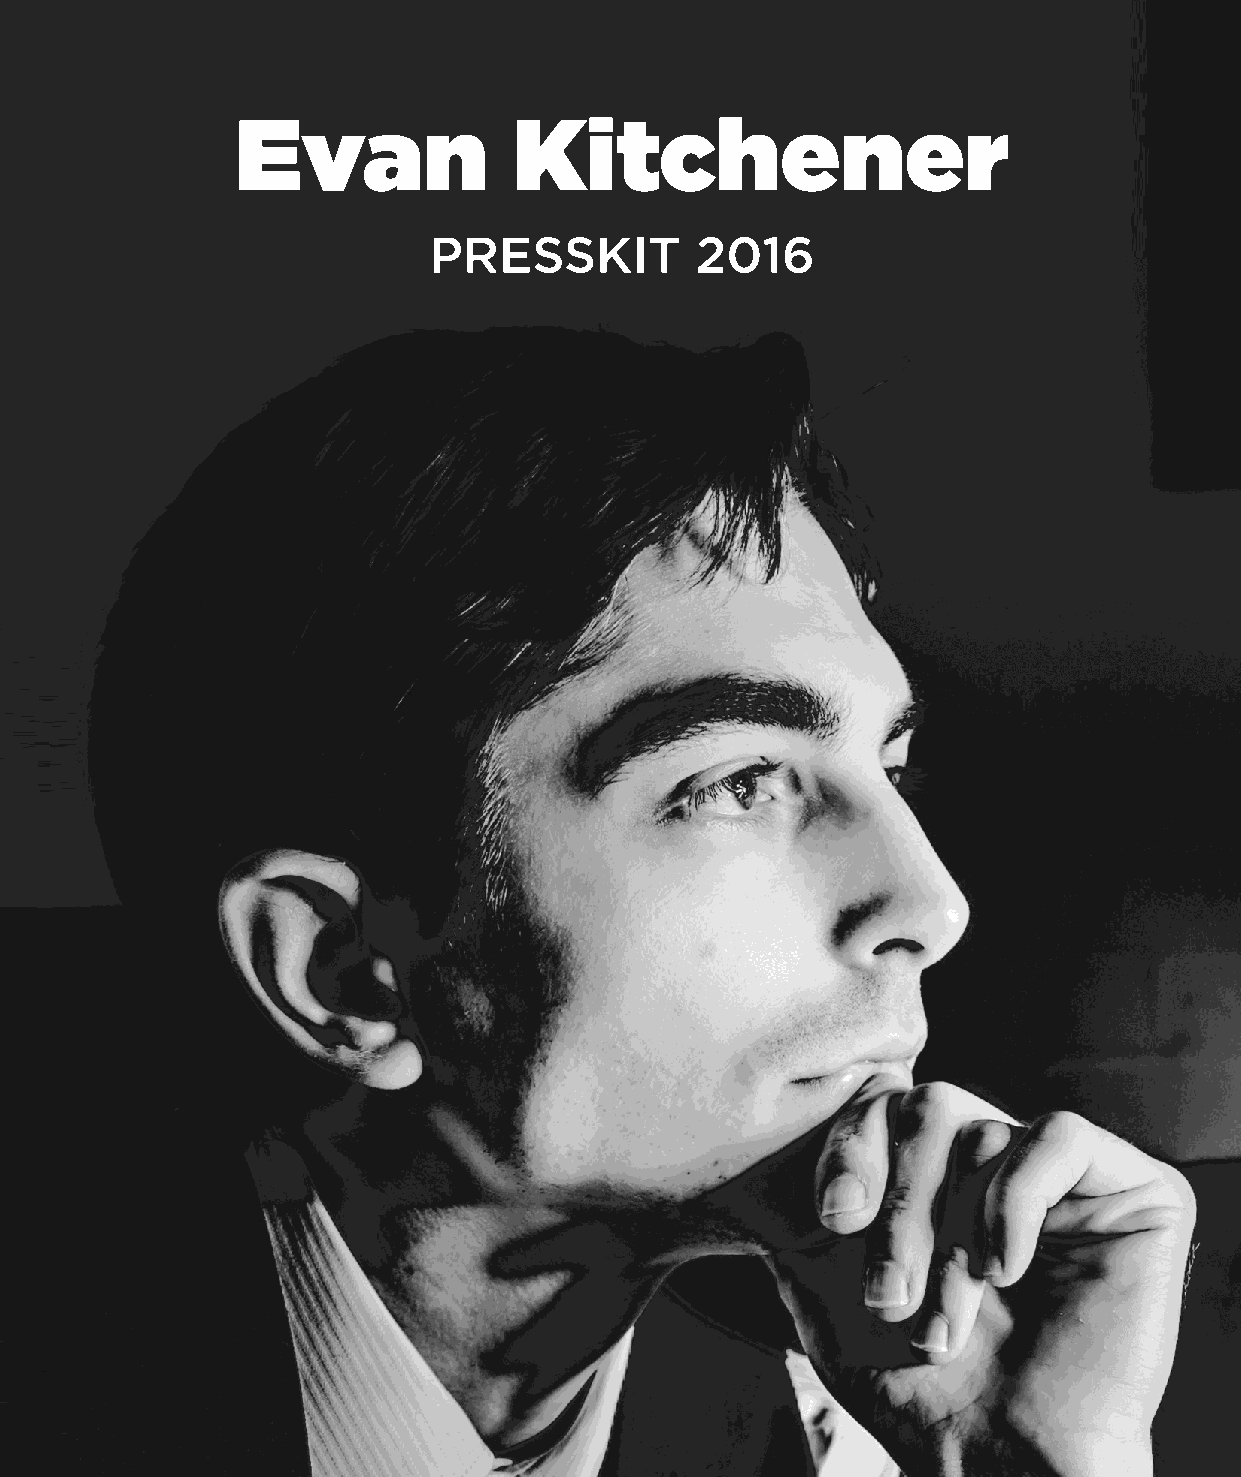
Evan              Kitchener
 PRESSKIT          2016